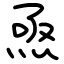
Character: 焏